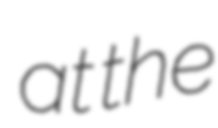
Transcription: at the